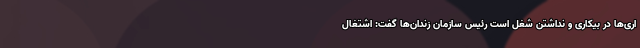
اری‌ها در بیکاری و نداشتن شغل است رئیس سازمان زندان‌ها گفت: اشتغال